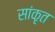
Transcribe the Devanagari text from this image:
सांकृत